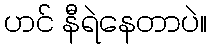
ဟင် နီရဲနေတာပဲ။